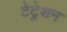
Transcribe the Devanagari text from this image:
टेट्रेशन